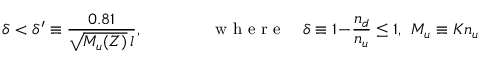
\delta < \delta ^ { \prime } \equiv \frac { 0 . 8 1 } { \sqrt { M _ { u } ( Z ) } \, l } , \qquad \qquad \mathrm { ~ w ~ h ~ e ~ r ~ e ~ } \quad \delta \equiv 1 \! - \! \frac { n _ { d } } { n _ { u } } \le 1 , \: \: M _ { u } \equiv K n _ { u }